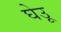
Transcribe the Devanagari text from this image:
घेउू